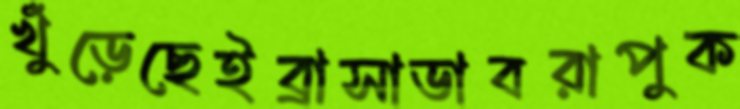
খুঁড়েছেইব্রাসাডাবরাপুক